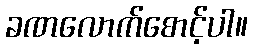
ခဏလောက်စောင့်ပါ။